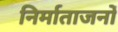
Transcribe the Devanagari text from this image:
निर्माताजनों